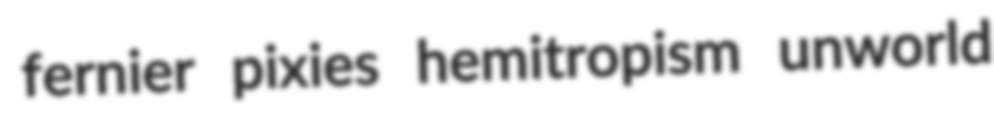
fernier pixies hemitropism unworld